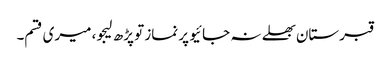
قبرستان بھلے نہ جائیو پر نماز تو پڑھ لیجو، میری قسم۔